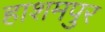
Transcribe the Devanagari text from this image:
हाशमपुर